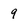
Character: 9